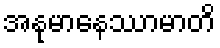
အနုမာနေဿာမာတိ